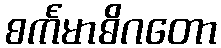
စင်္ကမာဓိဂတော